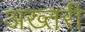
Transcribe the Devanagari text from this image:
अख़्तरी